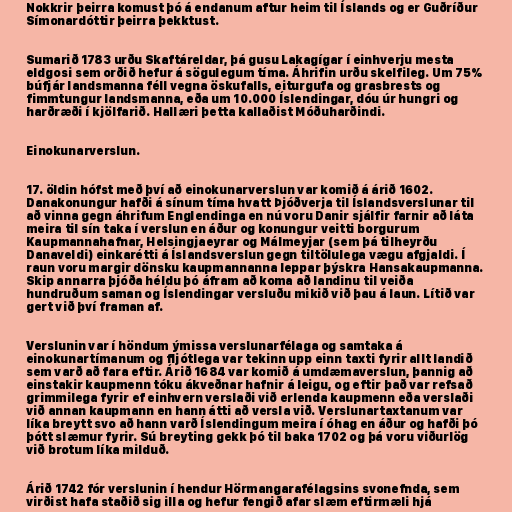
Nokkrir þeirra komust þó á endanum aftur heim til Íslands og er Guðríður
Símonardóttir þeirra þekktust.

Sumarið 1783 urðu Skaftáreldar, þá gusu Lakagígar í einhverju mesta
eldgosi sem orðið hefur á sögulegum tíma. Áhrifin urðu skelfileg. Um 75%
búfjár landsmanna féll vegna öskufalls, eiturgufa og grasbrests og
fimmtungur landsmanna, eða um 10.000 Íslendingar, dóu úr hungri og
harðræði í kjölfarið. Hallæri þetta kallaðist Móðuharðindi.

Einokunarverslun.

17. öldin hófst með því að einokunarverslun var komið á árið 1602.
Danakonungur hafði á sínum tíma hvatt Þjóðverja til Íslandsverslunar til
að vinna gegn áhrifum Englendinga en nú voru Danir sjálfir farnir að láta
meira til sín taka í verslun en áður og konungur veitti borgurum
Kaupmannahafnar, Helsingjaeyrar og Málmeyjar (sem þá tilheyrðu
Danaveldi) einkarétti á Íslandsverslun gegn tiltölulega vægu afgjaldi. Í
raun voru margir dönsku kaupmannanna leppar þýskra Hansakaupmanna.
Skip annarra þjóða héldu þó áfram að koma að landinu til veiða
hundruðum saman og Íslendingar versluðu mikið við þau á laun. Lítið var
gert við því framan af.

Verslunin var í höndum ýmissa verslunarfélaga og samtaka á
einokunartímanum og fljótlega var tekinn upp einn taxti fyrir allt landið
sem varð að fara eftir. Árið 1684 var komið á umdæmaverslun, þannig að
einstakir kaupmenn tóku ákveðnar hafnir á leigu, og eftir það var refsað
grimmilega fyrir ef einhvern verslaði við erlenda kaupmenn eða verslaði
við annan kaupmann en hann átti að versla við. Verslunartaxtanum var
líka breytt svo að hann varð Íslendingum meira í óhag en áður og hafði þó
þótt slæmur fyrir. Sú breyting gekk þó til baka 1702 og þá voru viðurlög
við brotum líka milduð.

Árið 1742 fór verslunin í hendur Hörmangarafélagsins svonefnda, sem
virðist hafa staðið sig illa og hefur fengið afar slæm eftirmæli hjá